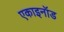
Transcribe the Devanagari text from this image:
एकाइनॉड